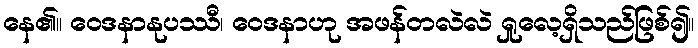
နေ၏။ ဝေဒနာနုပဿီ၊ ဝေဒနာဟု အဖန်တလဲလဲ ရှုလေ့ရှိသည်ဖြစ်၍။